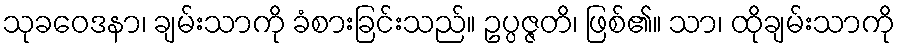
သုခဝေဒနာ၊ ချမ်းသာကို ခံစားခြင်းသည်။ ဥပ္ပဇ္ဇတိ၊ ဖြစ်၏။ သာ၊ ထိုချမ်းသာကို